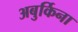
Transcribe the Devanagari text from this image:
अबुर्किना